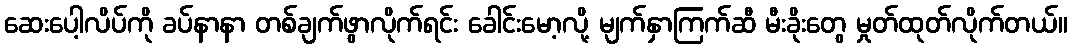
ဆေးပေါ့လိပ်ကို ခပ်နာနာ တစ်ချက်ဖွာလိုက်ရင်း ခေါင်းမော့လို့ မျက်နှာကြက်ဆီ မီးခိုးတွေ မှုတ်ထုတ်လိုက်တယ်။